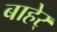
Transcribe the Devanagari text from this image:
बाहेर्